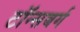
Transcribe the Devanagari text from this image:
टॉन्सबर्ग